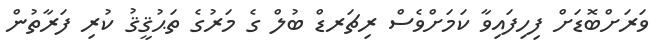
ވަރަށްބޮޑަށް ފިހިފައިވާ ކަމަށްވެސް ރިޗަރޑް ބުލް ގެ މަރުގެ ތަޙުޤީޤު ކުރި ފަރާތުން